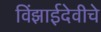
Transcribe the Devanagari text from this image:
विंझाईदेवीचे